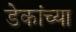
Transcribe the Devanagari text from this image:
डेकांच्या